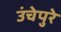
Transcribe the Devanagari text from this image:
उंचेपुरे